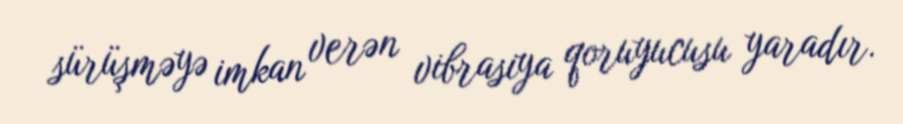
sürüşməyə imkan verən vibrasiya qoruyucusu yaradır.